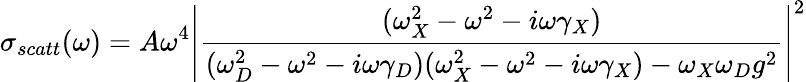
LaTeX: \sigma_{scatt}(\omega)=A\omega^{4}\left|\frac{(\omega_{X}^{2}-\omega^{2}-i\omega\gamma_{X})}{(\omega_{D}^{2}-\omega^{2}-i\omega\gamma_{D})(\omega_{X}^{2}-\omega^{2}-i\omega\gamma_{X})-\omega_{X}\omega_{D}g^{2}}\right|^{2}